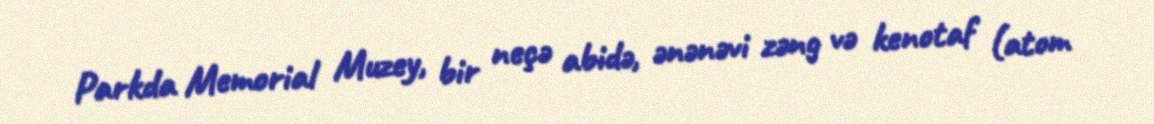
Parkda Memorial Muzey, bir neçə abidə, ənənəvi zəng və kenotaf (atom